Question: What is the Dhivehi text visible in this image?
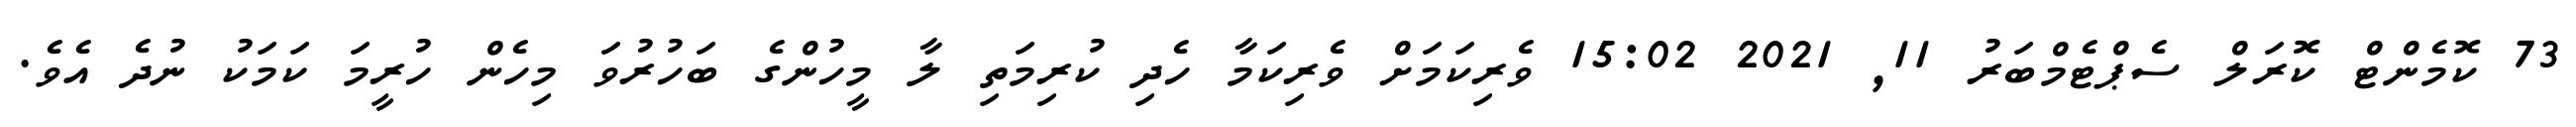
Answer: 73 ކޮމެންޓް ކޮރަލް ސެޕްޓެމްބަރު 11, 2021 15:02 ވެރިކަމަށް ވެރިކަމާ ހެދި ކުރިމަތި ލާ މީހުންގެ ބަހުރުވަ މިހެން ހުރީމަ ކަމަކު ނުދެ އެވެ.